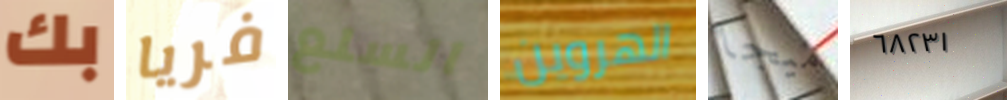
بك فريا السلع الهروين ميجا ٦٨٢٣١